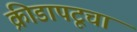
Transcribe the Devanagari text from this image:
क्रीडापटूचा